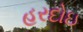
હરદોઇ